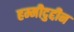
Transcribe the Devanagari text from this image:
हम्मीदुद्दीन